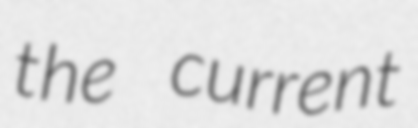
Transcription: the current